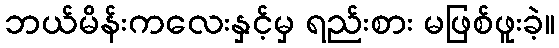
ဘယ်မိန်းကလေးနှင့်မှ ရည်းစား မဖြစ်ဖူးခဲ့။